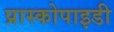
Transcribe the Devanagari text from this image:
प्रास्कोपाइडी